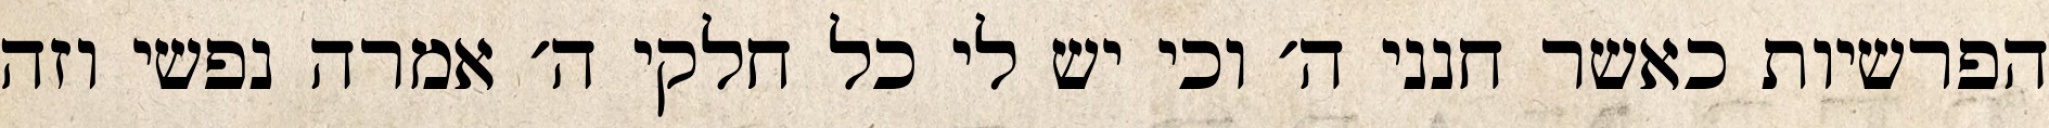
הפרשיות כאשר חנני ה׳ וכי יש לי כל חלקי ה׳ אמרה נפשי וזה